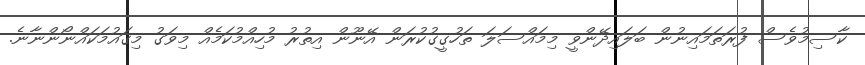
ކާސިމުވެސް ފުރަތަމައިނުން ބަލައިދޭންވީ މިމައްސަލަ ތަހުގީގުކުރަން އޭނޫން އިތުރު މުހިއްމުކަމެއް މިވަގު މިގައުމަކައްނޯންނާނެ.